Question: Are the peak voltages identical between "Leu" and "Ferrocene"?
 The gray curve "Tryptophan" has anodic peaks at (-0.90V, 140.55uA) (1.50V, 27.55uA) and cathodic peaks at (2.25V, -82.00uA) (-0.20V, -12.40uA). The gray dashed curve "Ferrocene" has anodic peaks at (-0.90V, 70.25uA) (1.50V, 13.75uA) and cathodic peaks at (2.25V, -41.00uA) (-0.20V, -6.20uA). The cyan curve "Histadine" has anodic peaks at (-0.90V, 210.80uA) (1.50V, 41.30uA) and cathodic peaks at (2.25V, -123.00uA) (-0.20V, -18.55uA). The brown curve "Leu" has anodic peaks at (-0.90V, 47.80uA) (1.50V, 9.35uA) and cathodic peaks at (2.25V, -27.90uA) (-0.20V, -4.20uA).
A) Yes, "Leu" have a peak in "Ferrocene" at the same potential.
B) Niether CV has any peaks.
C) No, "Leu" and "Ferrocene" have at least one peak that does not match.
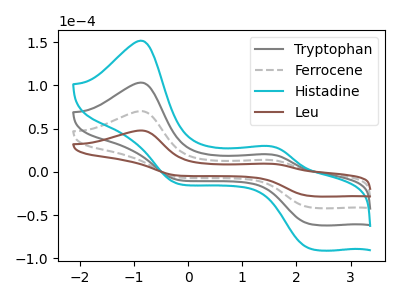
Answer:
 <answer>A) Yes, "Leu" have a peak in "Ferrocene" at the same potential.</answer>
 <eval>A</eval>